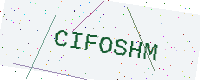
Text: CIFOSHM